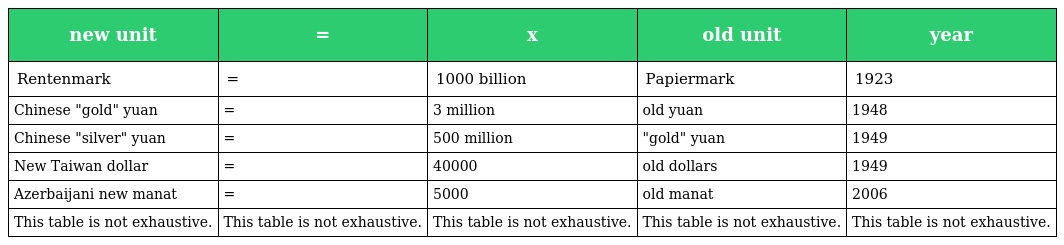
| new unit | = | x | old unit | year |
 | --- | --- | --- | --- | --- |
 | Rentenmark | = | 1000 billion | Papiermark | 1923 |
 | Chinese "gold" yuan | = | 3 million | old yuan | 1948 |
 | Chinese "silver" yuan | = | 500 million | "gold" yuan | 1949 |
 | New Taiwan dollar | = | 40000 | old dollars | 1949 |
 | Azerbaijani new manat | = | 5000 | old manat | 2006 |
 | This table is not exhaustive. | This table is not exhaustive. | This table is not exhaustive. | This table is not exhaustive. | This table is not exhaustive. |